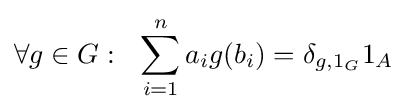
\forall g\in G:\ \ \sum _{i=1}^{n}a_{i}g(b_{i})=\delta _{g,1_{G}}1_{A}